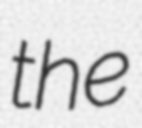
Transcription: the